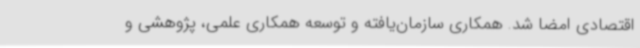
اقتصادی امضا شد. همکاری سازمان‌یافته و توسعه همکاری علمی، پژوهشی و